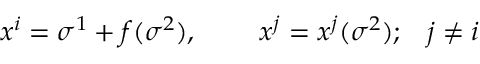
x ^ { i } = \sigma ^ { 1 } + f ( \sigma ^ { 2 } ) , \; \; \; \; \; \; \; \; x ^ { j } = x ^ { j } ( \sigma ^ { 2 } ) ; \; \; \; j \neq i